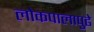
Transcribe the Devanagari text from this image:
लोकपालापुढे